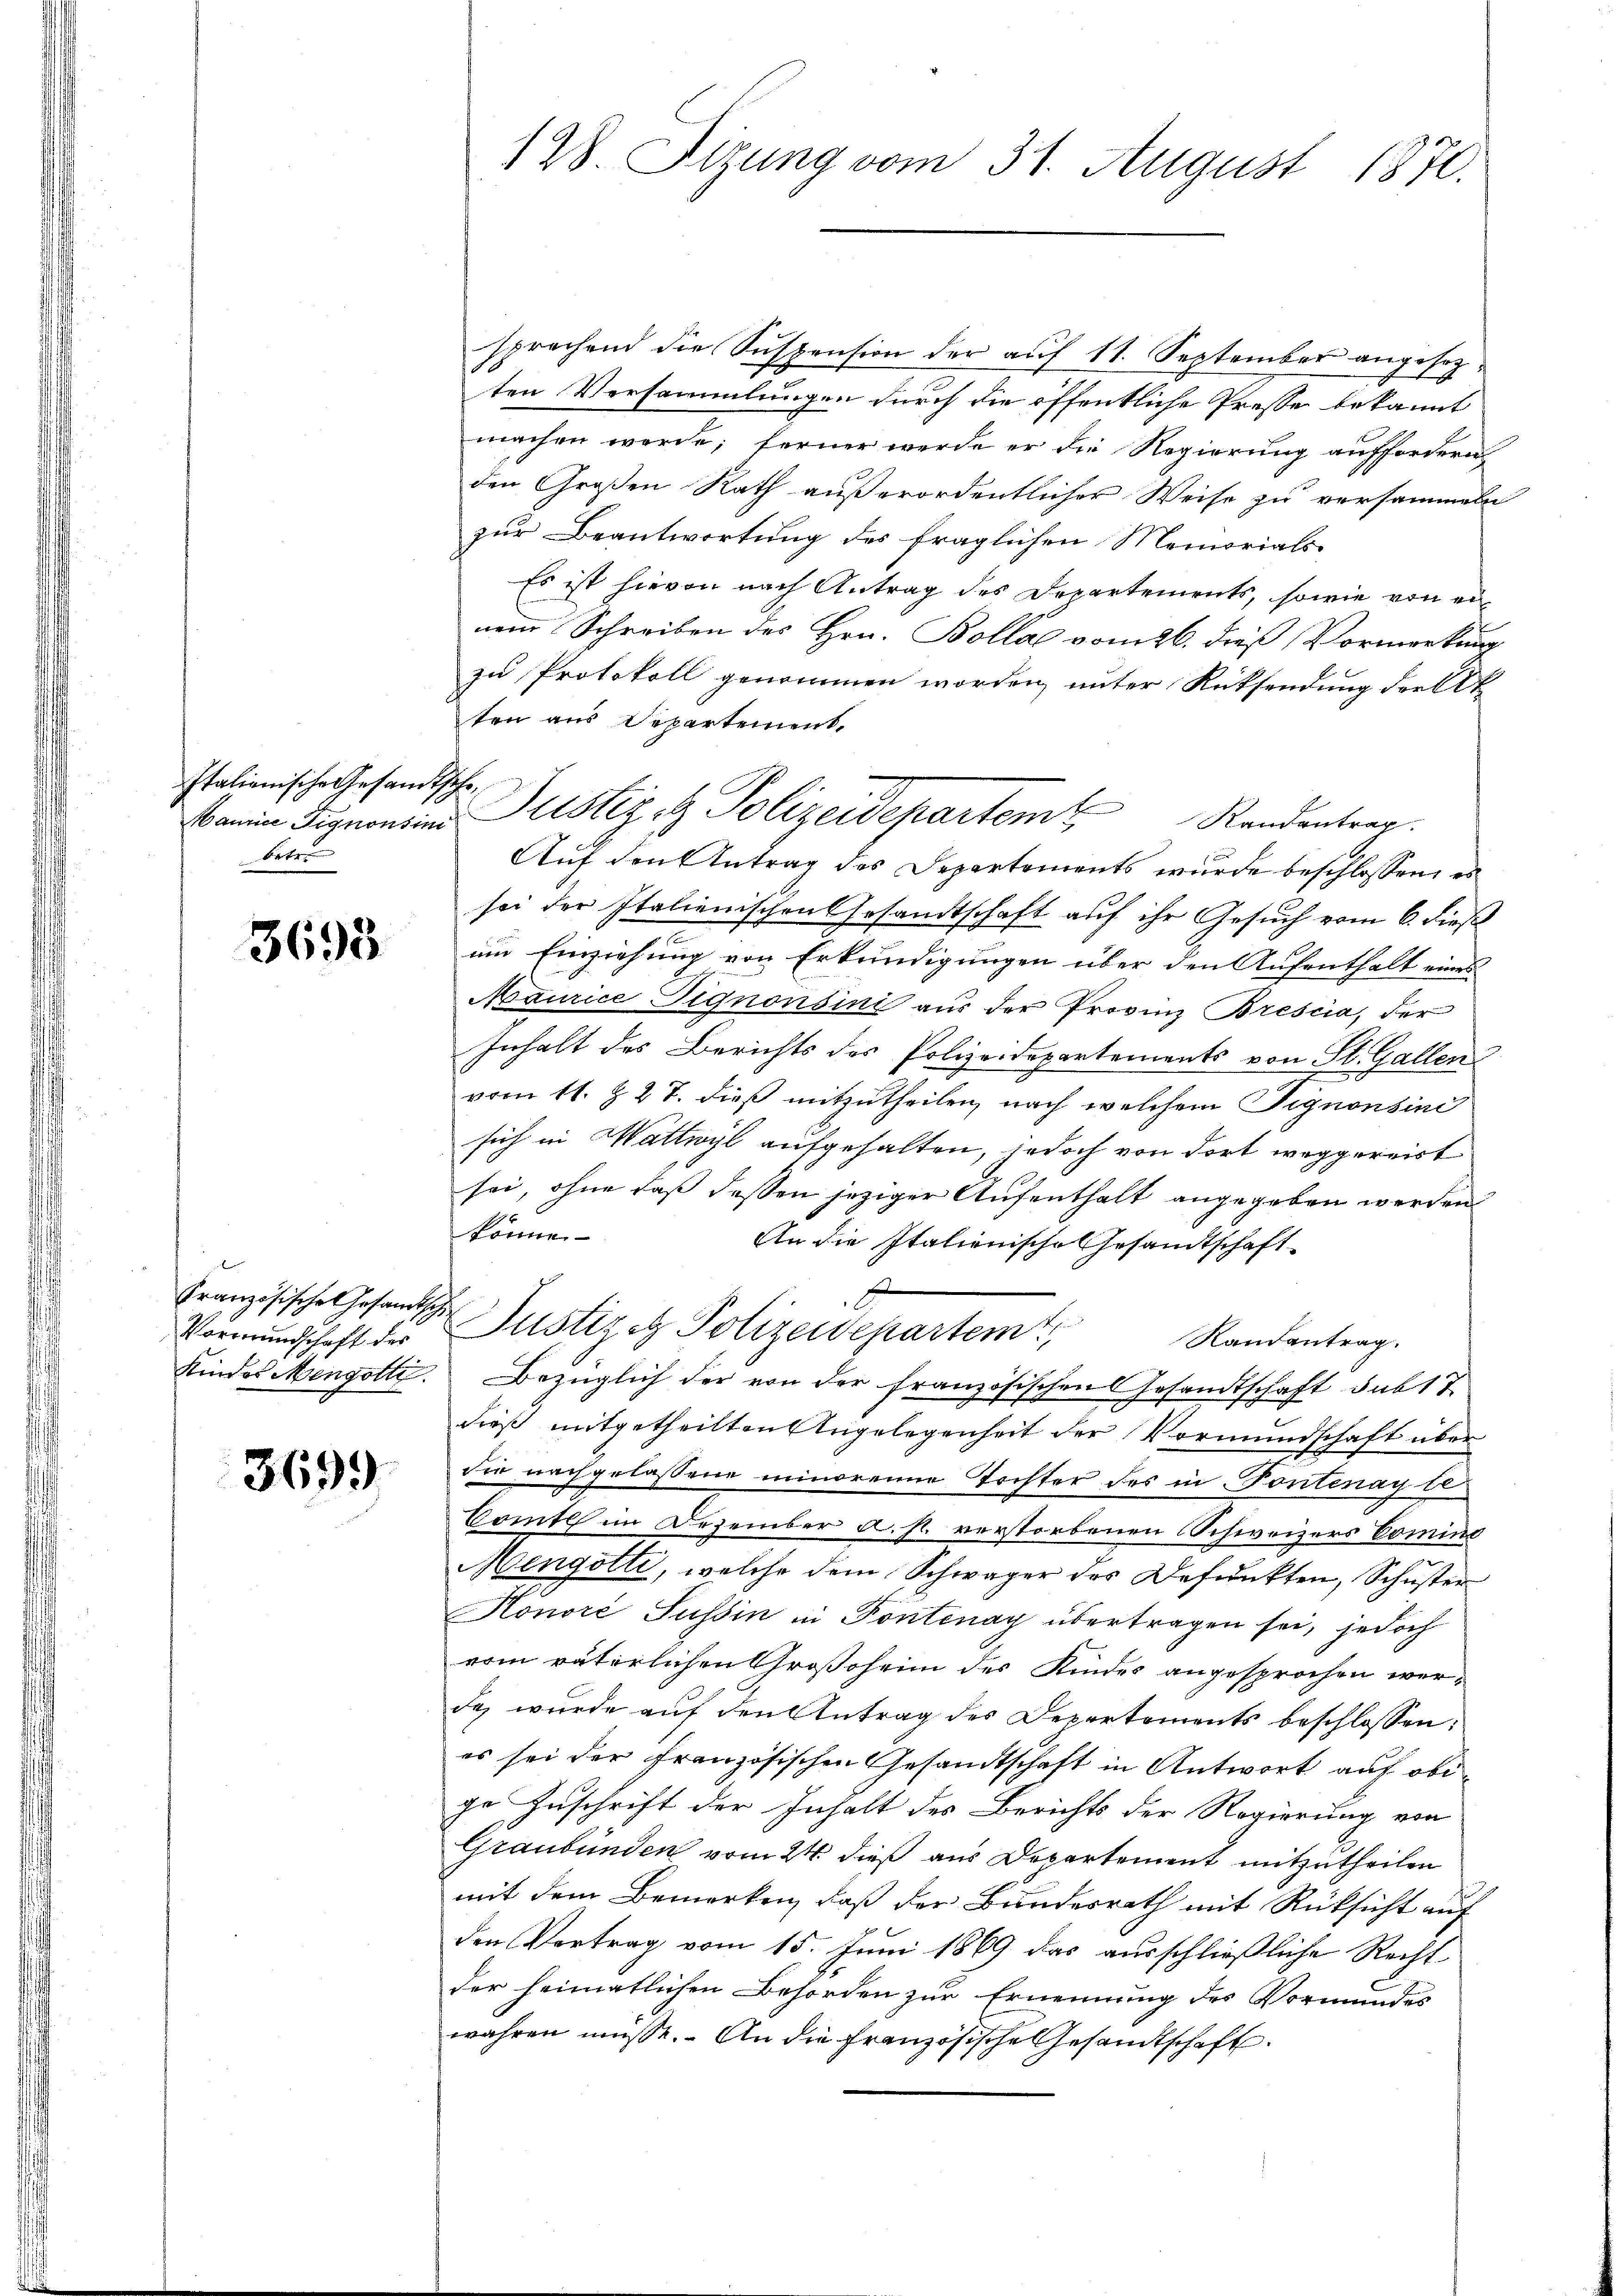
Italienische Gesandtsche
Orten

3698

Französische Gesamtsche
Vormundschaft des

3699)

sprechend die Suspension der auf 11. September angesezten Versammlungen durch die öffentliche Prosse bekannt
machen werde; ferner werde er die Regierung auffordern,
den Großen Rath außerordentlicher Weise zu versammeln
zur Beantwortung des fraglichen Memorials
Es ist hievon nach Antrag des Departements, sowie von einem Schreiben des Hrn. Bollal vom 26. dieß Vormerkung
zu Protokoll genommen worden, unter Rücksendung dreikt
ten aus Departement,
Auf den Antrag des Departements wurde beschlossen, es
sei der Italienischen Gesandtschaft auf ihr Gesuch vom 6. dieß
um Einziehung von Erkundigungen über den Aufenthalt eines
Maurice Pignonsini aus der Provinz Brescia, der
Inhalt des Berichts der Polizeidepartements von St. Gallen
vom 11. Z. 2 T. dieß mitzutheilen, nach welchem Signonsini
sich in Wattwyl aufgehalten, jedoch von dort weggereist
sei, ohne daß dessen jeziger Aufenthalt angegeben werden
könne.
An die Italienische Gesandtschaft

Justizig Polizeidepartem
Randantrag.
Kindes Mengotte. Bezüglich der von der französischen Gesandtschaft sub 1 7
dieß mitgetheilten Angelegenheit der Vormundschaft über
die nachgelassene minoreine Tochter des in Pontenay bl
Comte im Dezember a. p. verstorbenen Schweizers Domino
Mengotti, welche dem Schwäger des Defunkten, Schuster
Honoré Sussin in Pontinay übertragen sei, jedoch
vom väterlichen Großohein des Kindes angesprochen werda, wurde auf den Antrag des Departements beschlossen:
es sei der Französischen Gesandtschaft in Antwort auf obige Zuschrift der Inhalt des Berichts der Regierung von
Graubünden vom 24. dieß aus Departement mitzutheilen
mit dem Bemerken, daß der Bundesrath mit Rüksicht auf
den Vortrag vom 15. Juni 1869 das ausschließliche Recht
der heimatlichen Behörden zur Ernennung des Vormundes
wahren müsse. An die französische Gesandtschaft

128. Stzung vom 31. August 1871.

anin Signonen Justiz, et Polizeidepartem Randentrag